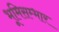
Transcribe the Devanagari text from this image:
भूमिसम्भार